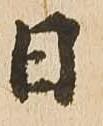
日